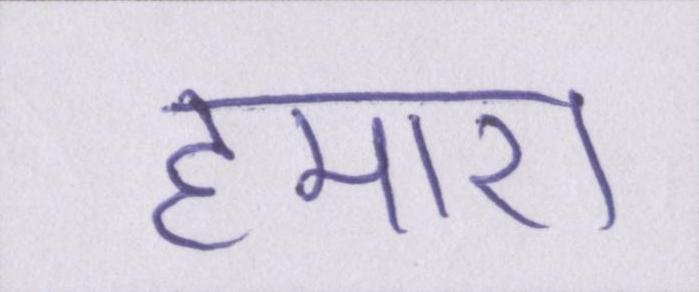
हमारा